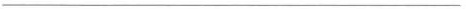
-----------------------